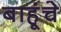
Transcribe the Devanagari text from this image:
बाहूंचे